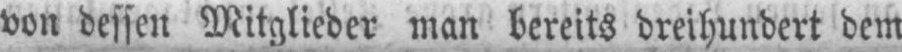
von dessen Mitglieder man bereits dreihundert dem